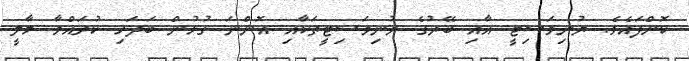
ކޮށްފައެވެ. ޔުނިވަސިޓީ އާއި ބޭރުގެ ޔުނިވަސިޓީތަކާއި އޮންނަ ގުޅުން ބަދަހި ކުރައްވާ މާލީ